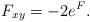
LaTeX: \begin{align*}F_{xy} = -2e^F.\end{align*}